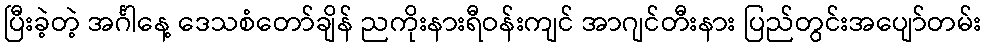
ပြီးခဲ့တဲ့ အင်္ဂါနေ့ ဒေသစံတော်ချိန် ညကိုးနားရီဝန်းကျင် အာဂျင်တီးနား ပြည်တွင်းအပျော်တမ်း